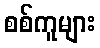
စစ်ကူများ